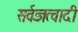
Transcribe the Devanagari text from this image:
सर्वज्ञत्वादी